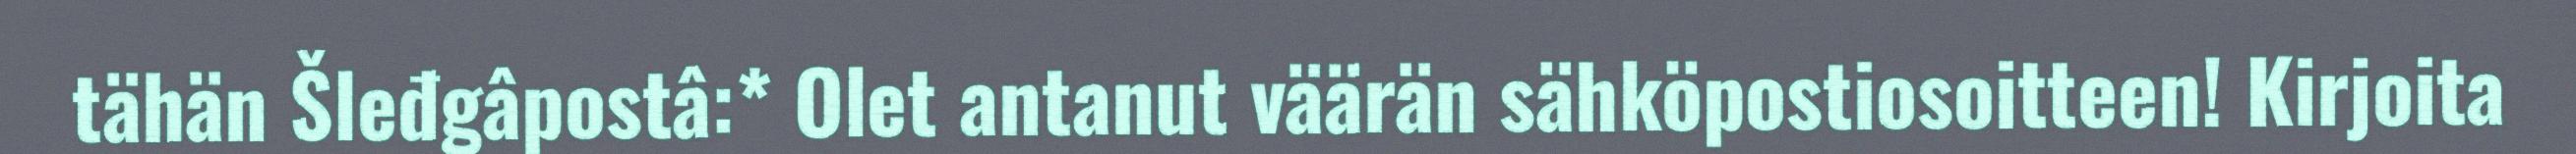
tähän Šleđgâpostâ:* Olet antanut väärän sähköpostiosoitteen! Kirjoita